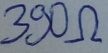
Text: 390Ω